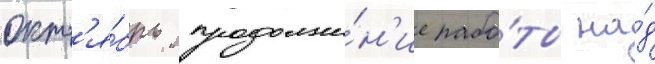
окт'я́брь продолже́н'ие рабо́ты на́д